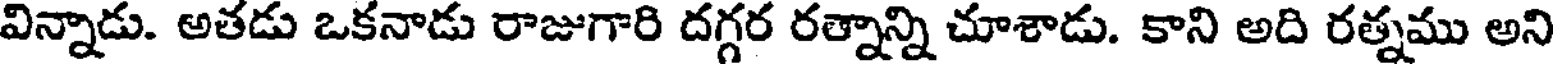
విన్నాడు. అతడు ఒకనాడు రాజుగారి దగ్గర రత్నాన్ని చూశాడు. కాని అది రత్నము అని